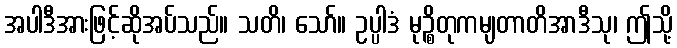
အပါဒီအားဖြင့်ဆိုအပ်သည်။ သတိ၊ သော်။ ဥပ္ပါဒံ မုဉ္စိတုကမျတာတိအာဒီသု၊ ဤသို့